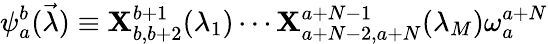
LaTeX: \psi_{a}^{b}(\vec{\lambda})\equiv{\mathbf X}_{b,b+2}^{b+1}(\lambda_{1})\cdots{\mathbf X}_{a+N-2,a+N}^{a+N-1}(\lambda_{M})\omega_{a}^{a+N}